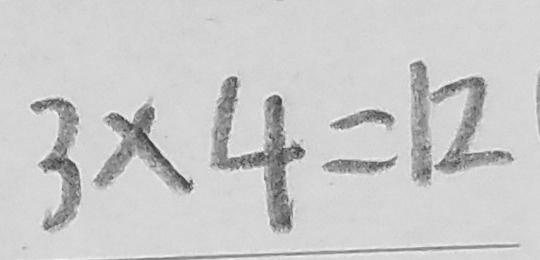
3 \times 4 = 1 2